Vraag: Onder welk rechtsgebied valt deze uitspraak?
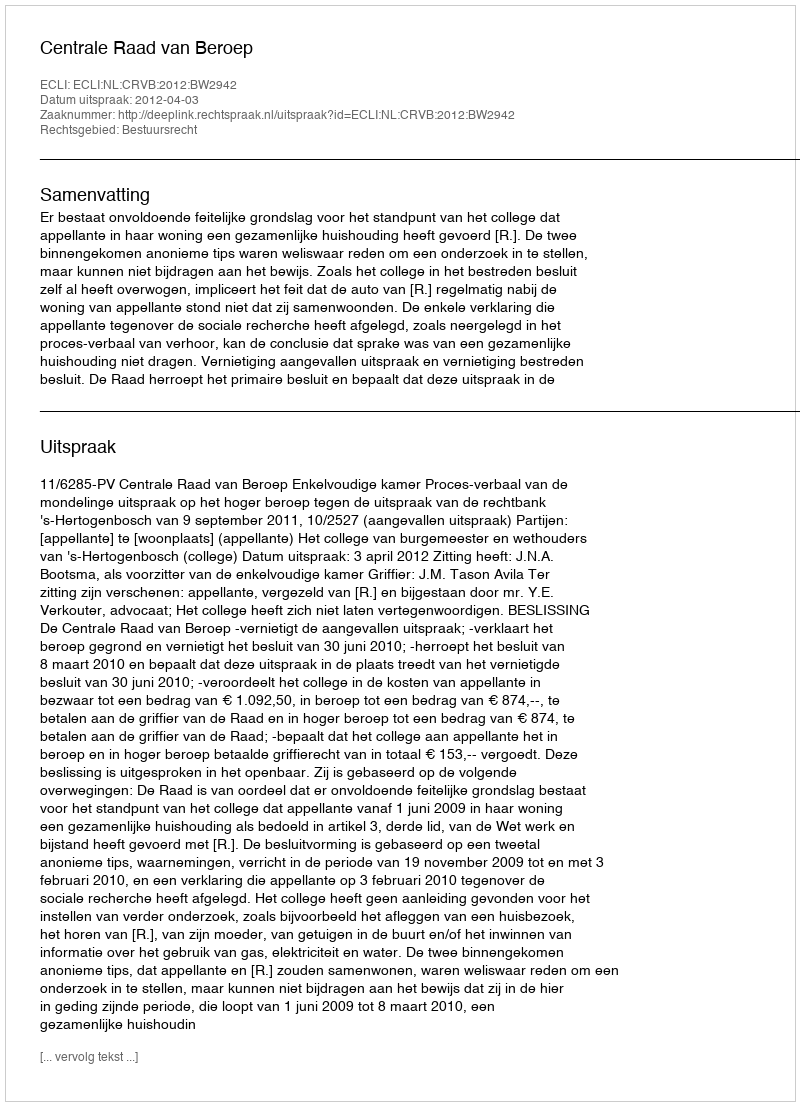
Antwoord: Bestuursrecht